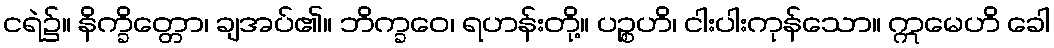
ငရဲ၌။ နိက္ခိတ္တော၊ ချအပ်၏။ ဘိက္ခဝေ၊ ရဟန်းတို့။ ပဉ္စဟိ၊ ငါးပါးကုန်သော။ ဣမေဟိ ခေါ